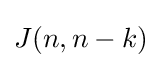
J(n,n-k)